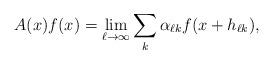
LaTeX: \begin{align*}A(x)f(x)=\lim_{\ell\to\infty}\sum_k\alpha_{\ell k}f(x+h_{\ell k}),\end{align*}